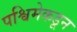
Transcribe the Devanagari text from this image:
पश्विमेकडून